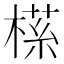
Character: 𬃶